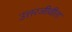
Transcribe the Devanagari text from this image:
उत्तरजीवीता